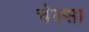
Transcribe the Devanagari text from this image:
चेल्सा